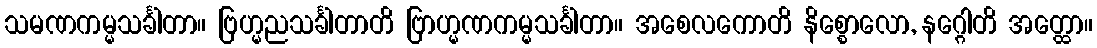
သမဏကမ္မသင်္ခါတာ။ ဗြဟ္မညသင်္ခါတာတိ ဗြာဟ္မဏကမ္မသင်္ခါတာ။ အစေလကောတိ နိစ္စောလော, နဂ္ဂေါတိ အတ္ထော။